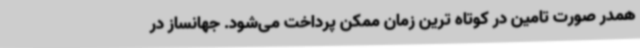
همدر صورت تامین در کوتاه ترین زمان ممکن پرداخت می‌شود. جهانساز در